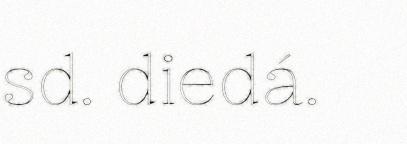
sd. diedá.